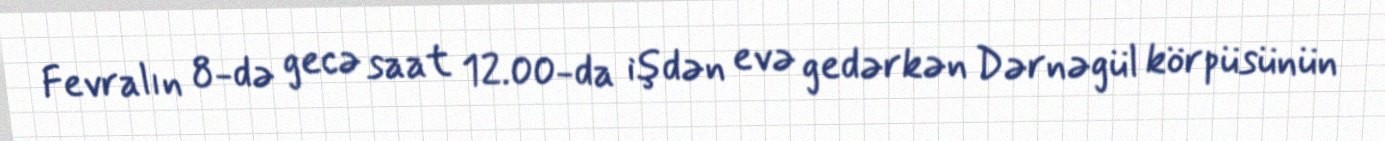
Fevralın 8-də gecə saat 12.00-da işdən evə gedərkən Dərnəgül körpüsünün